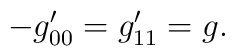
-g^{\prime}_{00}=g^{\prime}_{11}=g.